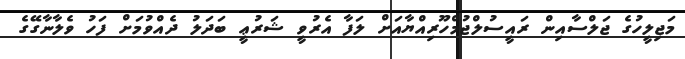
މަޖިލީހުގެ ޖަލްސާއިން ރައީސުލްޖުމްހޫރިއްޔާއަށް ލަފާ އެރުވީ ޝަރުޢީ ބަދަލު ދެއްވުމަށް ފަހު ވެލާނާގޭގެ